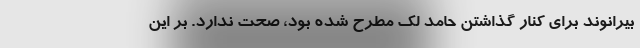
بیرانوند برای کنار گذاشتن حامد لک مطرح شده بود، صحت ندارد. بر این